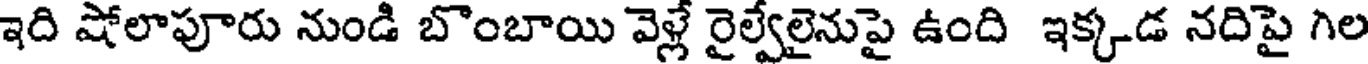
ఇది షోలాపూరు నుండి బొంబాయి వెళ్లే రైల్వేలైనుపై ఉంది ఇక్కడ నదిపై గిల